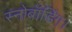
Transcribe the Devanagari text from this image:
स्नोबॉर्डिंग।